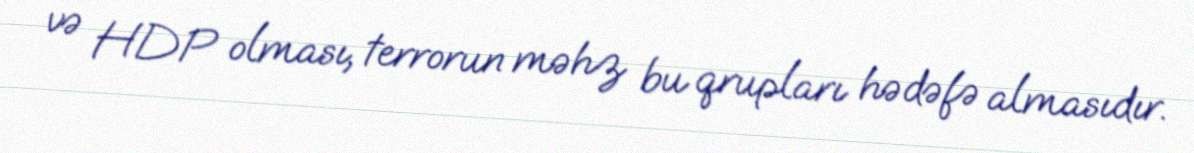
və HDP olması, terrorun məhz bu qrupları hədəfə almasıdır.